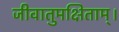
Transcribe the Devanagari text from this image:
जीवातुमक्षिताम्।